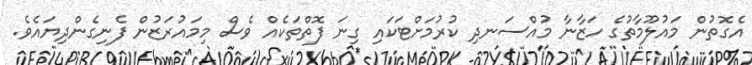
އެގޮތުން މައުލޫމާތުގެ ހަޒާނާ މުއްސަނދި ކުރުމަށްޓަކައި ގިނަ ފޮތްތަކެއް ވެސް މިމައުރަޒުން ފެނިގެންދިޔައެވެ.